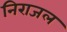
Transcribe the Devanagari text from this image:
निराजल